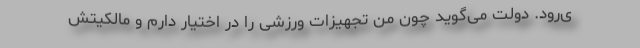
ی‌رود. دولت می‌گوید چون من تجهیزات ورزشی را در اختیار دارم و مالکیتش